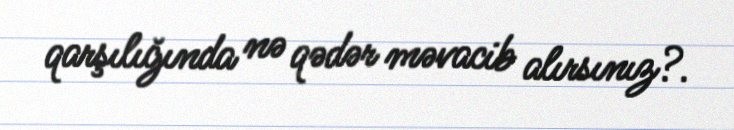
qarşılığında nə qədər məvacib alırsınız?.